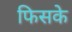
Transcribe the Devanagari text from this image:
फिसके